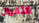
الأقوال